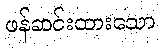
ဖန်ဆင်းထားသော